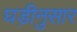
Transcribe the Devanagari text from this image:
घड़ीनुसार